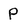
Character: p